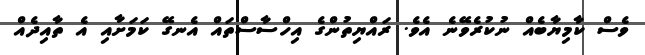
ވެސް ކާމިޔާބެއް ނުކުރެވޭނެ އެވެ. ރައްޔިތުންގެ އިހްސާސްތައް އެނގޭ ކަމަށާއި އެ ތާއިދެއް